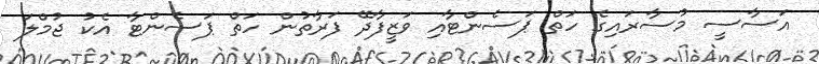
އަސާސީ މުސާރައިގެ ހަތް ޕަސެންޓާއި ވަޒީފާދޭ ފަރާތުން ހަތް ޕަސެންޓާ އެކު ޖުމްލަ